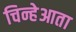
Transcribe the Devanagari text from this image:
चिन्हेआता